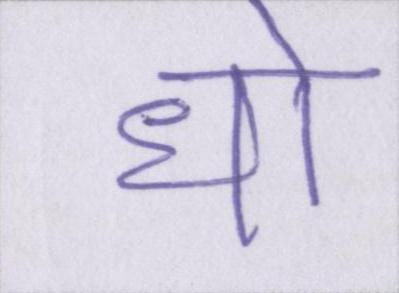
धो